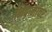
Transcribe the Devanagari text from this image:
निदानावर